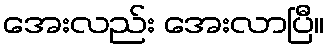
အေးလည်း အေးလာပြီ။